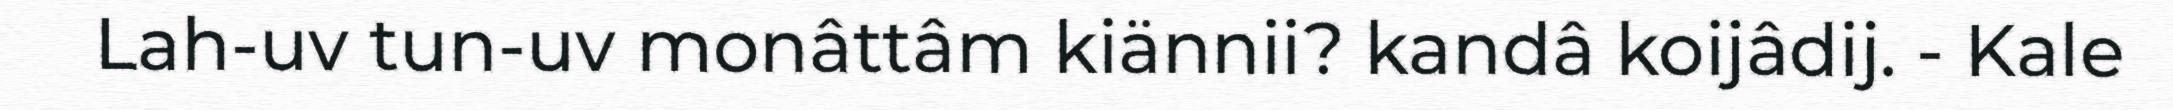
Lah-uv tun-uv monâttâm kiännii? kandâ koijâdij. - Kale